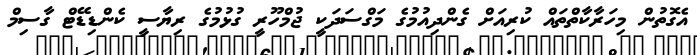
އެގޮތުން މިހަރާކާތްތައް ކުރިއަށް ގެންދިއުމުގެ މަގްސަދަކީ ޖުމްހޫރީ ގުޅުމުގެ ރިޔާސީ ކެންޑިޑޭޓް ގާސިމް